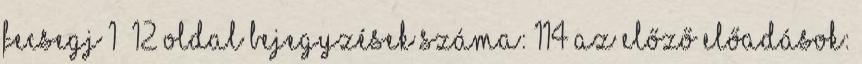
Fecsegj 1 12 oldal Bejegyzések száma: 114 Az előző előadások: